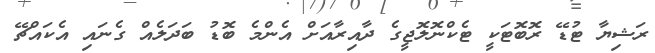
ރަޝިޔާ ޓުޑޭ ރޮބޮޓަކީ ޓެކްނޮލޮޖީގެ ދާއިރާއަށް އެންމެ ބޮޑު ބަދަލެއް ގެނައި އެކައްޗޭ